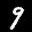
Label: 9